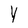
Character: Y